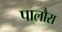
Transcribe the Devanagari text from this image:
पालौरा